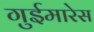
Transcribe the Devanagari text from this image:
गुईमारेस